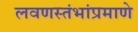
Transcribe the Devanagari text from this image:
लवणस्तंभांप्रमाणे